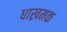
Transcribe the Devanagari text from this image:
धाख्रमक